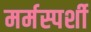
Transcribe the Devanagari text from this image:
मर्मस्‍पर्शी